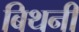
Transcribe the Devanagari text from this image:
बिथनी